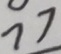
7 7